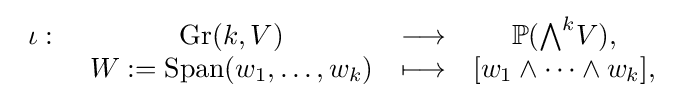
{\begin{array}{cccc}\iota :\ &\mathrm {Gr} (k,V)&\longrightarrow &\mathbb {P} ({\textstyle \bigwedge }^{k}V),\\&{W}:=\operatorname {Span} (w_{1},\ldots ,w_{k})&\longmapsto &[w_{1}\wedge \cdots \wedge w_{k}],\end{array}}